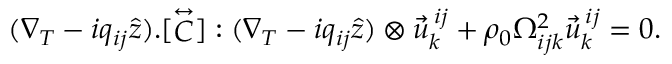
( \nabla _ { T } - i q _ { i j } \hat { z } ) . [ \stackrel { \leftrightarrow } { C } ] : ( \nabla _ { T } - i q _ { i j } \hat { z } ) \otimes \vec { u } _ { k } ^ { \: i j } + \rho _ { 0 } { \Omega _ { i j k } ^ { 2 } } \vec { u } _ { k } ^ { \: i j } = 0 .